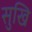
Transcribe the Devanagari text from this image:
सुखि